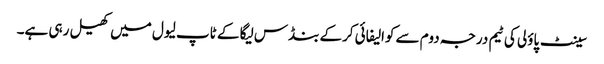
سینٹ پاؤلی کی ٹیم درجہ دوم سے کوالیفائی کرکے بنڈس لیگا کے ٹاپ لیول میں کھیل رہی ہے۔